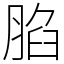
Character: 䐄